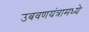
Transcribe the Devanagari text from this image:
उबवणयंत्रामध्ये